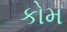
કોમ